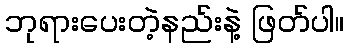
ဘုရားပေးတဲ့နည်းနဲ့ ဖြတ်ပါ။